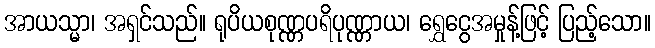
အာယသ္မာ၊ အရှင်သည်။ ရုပိယစုဏ္ဏပရိပုဏ္ဏာယ၊ ရွှေငွေအမှုန့်ဖြင့် ပြည့်သော။